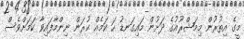
މީގެ އިތުރުން މިމަޝްރޫއުގެ ދަށުން މައިގަނޑު ހަ ކަމެއް ކުރަން ނިންމާފައިވާ ކަމަށްވެސް